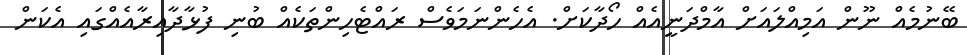
ބޭނުމެއް ނޫން އަމިއްލައަށް އާމްދަނީއެއް ހޯދާކަށް. އެހެންނަމަވެސް ރައްޓެހިންތަކެއް ބުނި ފުޅާދާއިރާއެއްގައި އެކަން